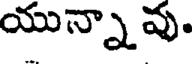
యున్నా వు.